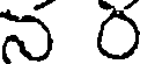
న ర